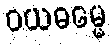
ဝယဓမ္မေ